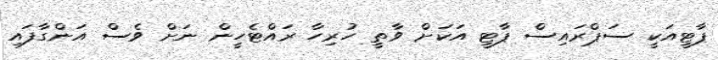
ޕާޓީއަކީ ސަޕްރައިސް ޕާޓީ އަކަށް ވާތީ ހުރިހާ ރައްޓެހީން ނަށް ވެސް އަންގާފައި